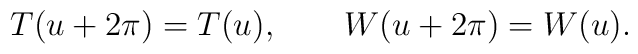
T(u+2\pi)=T(u),\qquad W(u+2\pi)=W(u).